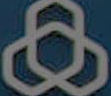
ه